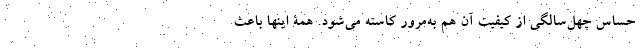
حساس چهل‌سالگی از کیفیت آن هم به‌مرور کاسته می‌شود. همۀ اینها باعث